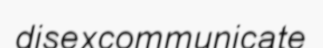
disexcommunicate